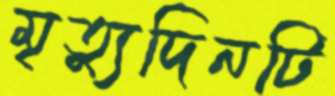
মৃত্যুদিনটি